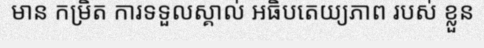
មាន កម្រិត ការទទួលស្គាល់ អធិបតេយ្យភាព របស់ ខ្លួន